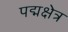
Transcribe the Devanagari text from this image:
पद्मक्षेत्र